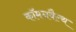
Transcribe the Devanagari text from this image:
कॉमनवैल्‍थ